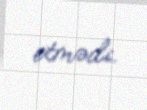
etmədi.